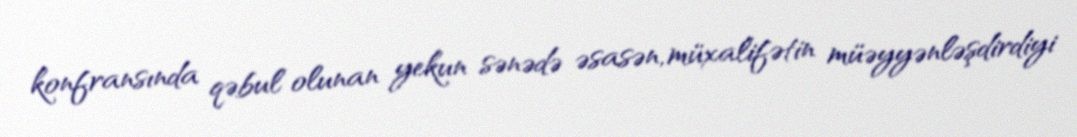
konfransında qəbul olunan yekun sənədə əsasən, müxalifətin müəyyənləşdirdiyi